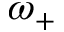
\omega _ { + }